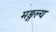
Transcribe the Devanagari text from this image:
मङ्गल्य